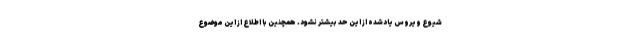
شیوع ویروس یادشده از این حد بیشتر نشود. همچنین با اطلاع از این موضوع